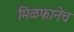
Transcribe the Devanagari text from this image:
मिळफानेच